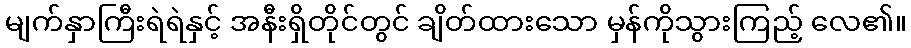
မျက်နှာကြီးရဲရဲနှင့် အနီးရှိတိုင်တွင် ချိတ်ထားသော မှန်ကိုသွားကြည့် လေ၏။